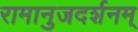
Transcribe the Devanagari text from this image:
रामानुजदर्शनम्